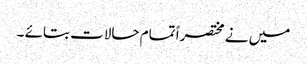
میں نے مختصراً تمام حالات بتائے ۔